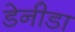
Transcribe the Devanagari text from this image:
डेनीडा